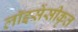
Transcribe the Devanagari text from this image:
लॉइसेंसीकृत